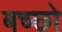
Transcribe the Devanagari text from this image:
बच्छो